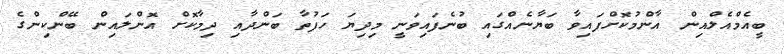
ބީއެމްއެލްއިން އާންމުކޮށްފައިވާ ބަޔާނެއްގައި ބުނެފައިވަނީ މިދިޔަ ހަފުތާ ބަންދާއި ދިމާކޮށް އޮންލައިން ބޭންކިންގެ